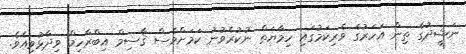
ނަޝީދުގެ ތިން އަހަރުގެ ވެރިކަމުގައި ހިމާޔަތް ނުކުރެވުނު ކަމަށްވެސް ޤާސިމް އިބްރާހިމް ވިދާޅުވިއެވެ.